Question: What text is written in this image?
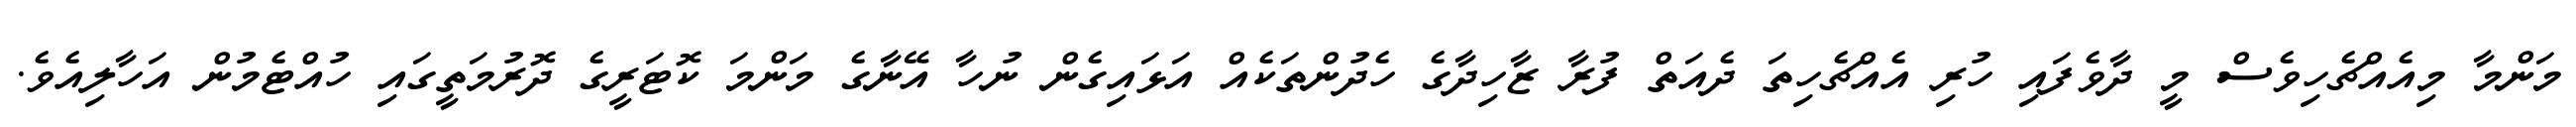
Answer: މަންމާ މިއެއްޗެހިވެސް މީ ދާވެފައި ހުރި އެއްޗެހިތަ ދެއަތް ފުރާ ޒާހިދާގެ ހެދުންތަކެއް އަޅައިގެން ނުހާ އޭނާގެ މަންމަ ކޮޓަރީގެ ދޮރުމަތީގައި ހުއްޓެމުން އަހާލިއެވެ.